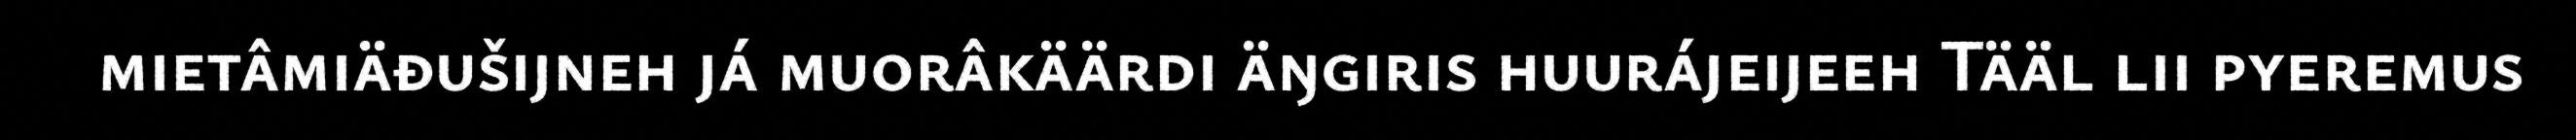
mietâmiäđušijneh já muorâkäärdi äŋgiris huurájeijeeh Tääl lii pyeremus